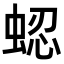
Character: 𬠍